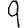
Digit: 9